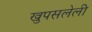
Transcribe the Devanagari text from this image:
खुपसलेली